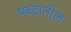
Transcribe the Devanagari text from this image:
षब्दांतील